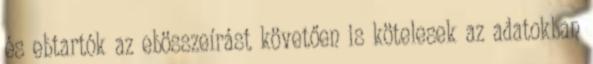
és ebtartók az ebösszeírást követően is kötelesek az adatokban